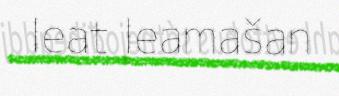
leat leamašan